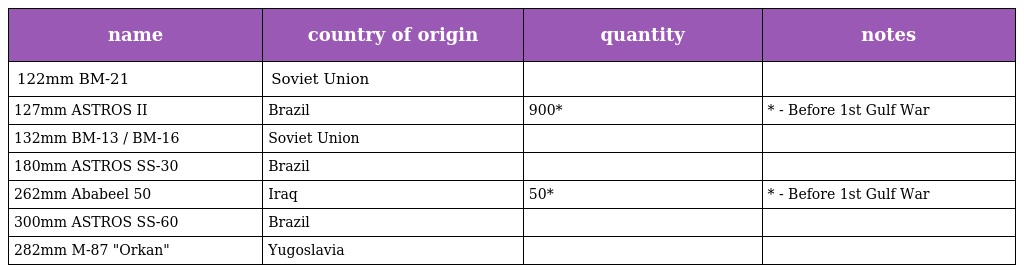
| name | country of origin | quantity | notes |
 | --- | --- | --- | --- |
 | 122mm BM-21 | Soviet Union |  |  |
 | 127mm ASTROS II | Brazil | 900* | * - Before 1st Gulf War |
 | 132mm BM-13 / BM-16 | Soviet Union |  |  |
 | 180mm ASTROS SS-30 | Brazil |  |  |
 | 262mm Ababeel 50 | Iraq | 50* | * - Before 1st Gulf War |
 | 300mm ASTROS SS-60 | Brazil |  |  |
 | 282mm M-87 "Orkan" | Yugoslavia |  |  |